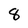
Character: 8